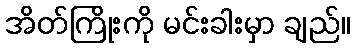
အိတ်ကြိုးကို မင်းခါးမှာ ချည်။